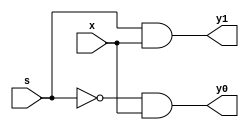
module demux_1bit (s,x,y0,y1);

input s,x;
output y0,y1;

wire nots;

not not1(nots,s);
and and1(y0,nots,x);
and and2(y1,s,x);


    
endmodule